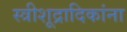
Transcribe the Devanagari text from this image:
स्त्रीशूद्रादिकांना